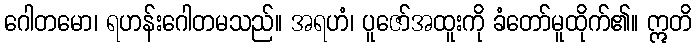
ဂေါတမော၊ ရဟန်းဂေါတမသည်။ အရဟံ၊ ပူဇော်အထူးကို ခံတော်မူထိုက်၏။ ဣတိ